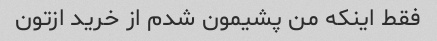
فقط اینکه من پشیمون شدم از خرید ازتون